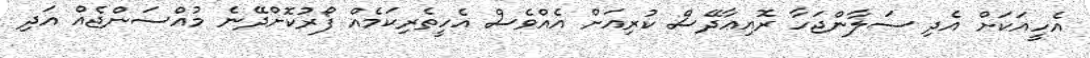
އެހީއަކަށް އެދި ސަލާންޖަހާ ރޮއިޢާދޭސް ކުރިއަށް އެއްވެސް އެހީތެރިކަމެއް ފޯރުކޮށްދޭނެ މުއްސަންޖެއް އަދި